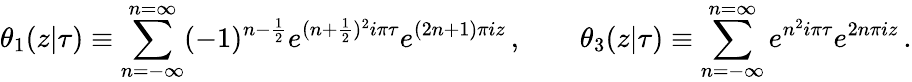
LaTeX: \theta_{1}(z|\tau)\equiv\sum_{n=-\infty}^{n=\infty}(-1)^{n-\frac{1}{2}}e^{(n+\frac{1}{2})^{2}i\pi\tau}e^{(2n+1)\pi iz}\, ,\qquad\theta_{3}(z|\tau)\equiv\sum_{n=-\infty}^{n=\infty}e^{n^{2}i\pi\tau}e^{2n\pi iz}\, .